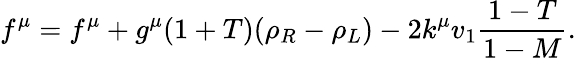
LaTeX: f^{\mu}=f^{\mu}+g^{\mu}(1+T)(\rho_{R}-\rho_{L})-2k^{\mu}v_{1}\frac{1-T}{1-M}.